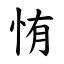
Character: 㤢